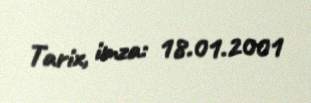
Tarix, imza: 18.01.2001